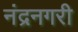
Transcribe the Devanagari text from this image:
नंद्रनगरी